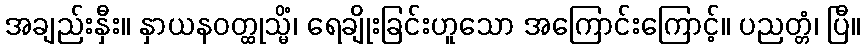
အချည်းနှီး။ နှာယနဝတ္ထုသ္မိံ၊ ရေချိုးခြင်းဟူသော အကြောင်းကြောင့်။ ပညတ္တံ၊ ပြီ။